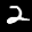
Label: 2